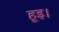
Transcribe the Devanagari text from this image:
हूइ।